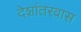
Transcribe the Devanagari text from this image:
देशांतरवास